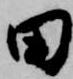
田